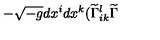
- \sqrt { - g } d x ^ { i } d x ^ { k } ( \widetilde { \Gamma } _ { i k } ^ { l } \widetilde { \Gamma }